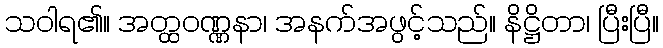
သဝါရ၏။ အတ္ထဝဏ္ဏနာ၊ အနက်အဖွင့်သည်။ နိဋ္ဌိတာ၊ ပြီးပြီ။